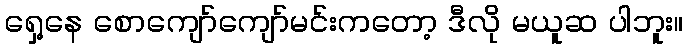
ရှေ့နေ စောကျော်ကျော်မင်းကတော့ ဒီလို မယူဆ ပါဘူး။